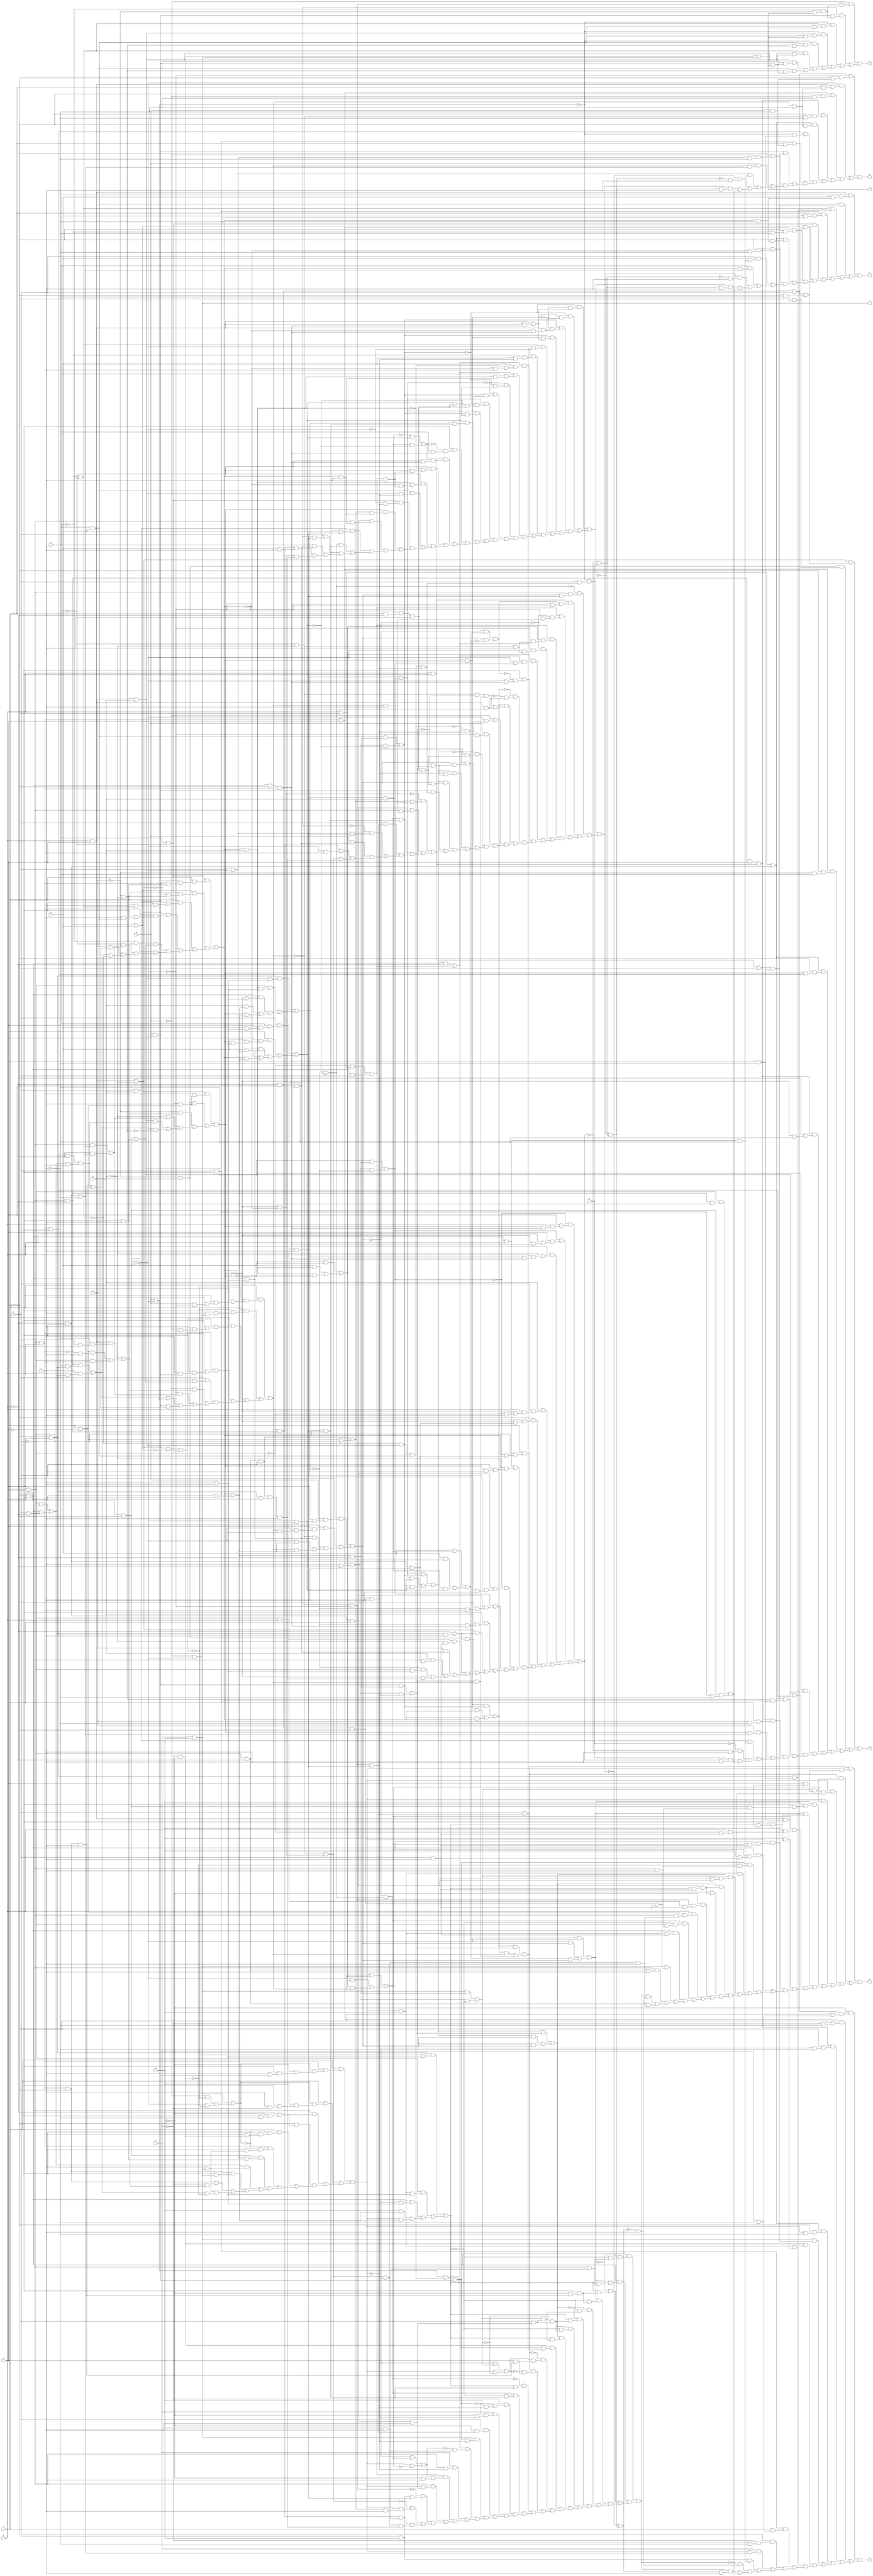
// IWLS benchmark module "alu4_cl" printed on Wed May 29 16:02:14 2002
module alu4_cl(a, b, c, d, e, f, g, h, i, j, k, l, m, n, o, p, q, r, s, t, u, v);
input
  a,
  b,
  c,
  d,
  e,
  f,
  g,
  h,
  i,
  j,
  k,
  l,
  m,
  n;
output
  o,
  p,
  q,
  r,
  s,
  t,
  u,
  v;
wire
  \[5] ,
  \[6] ,
  \[7] ,
  a1,
  a2,
  a3,
  a4,
  b1,
  b2,
  b3,
  b4,
  c1,
  c2,
  c3,
  c4,
  d1,
  d2,
  d3,
  d4,
  e1,
  e2,
  e3,
  e4,
  f1,
  f2,
  f3,
  f4,
  g1,
  g2,
  g3,
  g4,
  h1,
  h2,
  h3,
  h4,
  i1,
  i2,
  i3,
  i4,
  j1,
  j2,
  j3,
  j4,
  k1,
  k2,
  k3,
  k4,
  l1,
  l2,
  l3,
  l4,
  m0,
  m1,
  m2,
  m3,
  n0,
  n1,
  n2,
  n3,
  o0,
  o1,
  o2,
  o3,
  p0,
  p1,
  p2,
  p3,
  q0,
  q1,
  q2,
  q3,
  r0,
  r1,
  r2,
  r3,
  s0,
  s1,
  s2,
  s3,
  t0,
  t1,
  t2,
  t3,
  u0,
  u1,
  u2,
  u3,
  v0,
  v1,
  v2,
  v3,
  \[0] ,
  w0,
  w1,
  w2,
  w3,
  \[1] ,
  x0,
  x1,
  x2,
  x3,
  \[2] ,
  y0,
  y1,
  y2,
  y3,
  \[3] ,
  z0,
  z1,
  z2,
  z3,
  \[4] ;
assign
  \[5]  = h & d,
  \[6]  = (i1 & (h1 & (i & (s0 & (~l & n))))) | ((i1 & (z0 & (i & (s0 & (~l & n))))) | ((h1 & (c1 & (k & (~q0 & (l & n))))) | ((h1 & (z0 & (i & (s0 & (~l & n))))) | ((g1 & (d & (~i & (s0 & (~l & n))))) | ((g1 & (~i & (t0 & (s0 & (~l & n))))) | ((c1 & (d & (k & (~q0 & (l & n))))) | ((d & (~i & (t0 & (s0 & (~l & n))))) | ((h1 & (f1 & (c1 & (l & n)))) | ((f1 & (c1 & (d & (l & n)))) | ((e1 & (~d1 & (w0 & (l & n)))) | ((b1 & (k & (~q0 & (l & n)))) | ((a1 & (z0 & (x0 & (l & n)))) | ((a1 & (x0 & (t0 & (l & n)))) | ((z0 & (x0 & (t0 & (l & n)))) | ((~d & (y0 & (v0 & (l & n)))) | ((k & (r0 & (~l & (n0 & n)))) | ((u0 & (~t0 & (q0 & (~l & n)))) | ((f1 & (b1 & (l & n))) | ((\[5]  & (w0 & (l & n))) | ((~l & (o0 & n)) | ((p0 & (~m0 & n)) | (o0 & (n0 & n))))))))))))))))))))))),
  \[7]  = (~g & (y0 & (~f & (~e & \[4] )))) | ((d3 & (a2 & (~f & (~e & \[4] )))) | ((~z1 & (p2 & (k3 & \[4] ))) | ((~z1 & (k3 & (q2 & \[4] ))) | ((~z1 & (q2 & (j3 & \[4] ))) | ((p2 & (k3 & (a2 & \[4] ))) | ((k3 & (q2 & (a2 & \[4] ))) | (q2 & (j3 & (a2 & \[4] ))))))))),
  o = \[0] ,
  p = \[1] ,
  q = \[2] ,
  r = \[3] ,
  s = \[4] ,
  t = \[5] ,
  u = \[6] ,
  v = \[7] ,
  a1 = (w2 & u2) | ((w2 & v2) | (u2 & v2)),
  a2 = g & c,
  a3 = (~v2 & x3) | (v2 & ~x3),
  a4 = q3 & a,
  b1 = h1 & d,
  b2 = (o0 & l) | (q1 & j),
  b3 = (b & l3) | ((b & m2) | (l3 & m2)),
  b4 = u3 & n,
  c1 = (c & b3) | ((c & y1) | (b3 & y1)),
  c2 = (o0 & l) | (r0 & ~l),
  c3 = k & ~i,
  c4 = p1 & (j & n),
  d1 = ~h & ~d,
  d2 = u3 & ~j,
  d3 = ~b & ~a,
  d4 = (o1 & (~n & (l & ~j))) | ((r0 & (~u3 & n)) | (q0 & u3)),
  e1 = (z1 & t2) | a2,
  e2 = ~y1 & f3,
  e3 = ~q3 & ~r3,
  e4 = (l4 & (~n & v3)) | (n & (k & v3)),
  f1 = ~j & ~i,
  f2 = (~h1 & c1) | (h1 & ~c1),
  f3 = ~i3 & ~m2,
  f4 = (q0 & (l & ~k)) | (f1 & (l & ~k)),
  g1 = (c & x3) | ((c & v2) | (x3 & v2)),
  g2 = (~q0 & (k & l)) | (f1 & l),
  g3 = (~w3 & (i & (k & (i3 & (r2 & n))))) | ((w3 & (i & (k & (~i3 & (r2 & n))))) | ((~i & (~a & (k & (q3 & (r2 & n))))) | ((a & (l & (k & (~i3 & (~q0 & n))))) | ((~j & (a & (~i3 & (m1 & n)))) | ((j & (~l & (i3 & (m1 & n)))) | ((k1 & (~a & (l & (i3 & n)))) | ((~w3 & (x0 & (l & (q3 & n)))) | ((w3 & (x0 & (l & (~q3 & n)))) | ((~i & (a & (~q3 & (r2 & n)))) | ((n3 & (~k & (v3 & n))) | ((m3 & (~k & (v3 & n))) | ((v0 & (~a & (l & n))) | ((e & (x2 & (r2 & n))) | ((a & (~l & (m1 & n))) | ((~q3 & (q0 & (u3 & n))) | (~i3 & (b2 & n))))))))))))))))),
  g4 = (~g & c) | ((~g & ~j4) | (c & ~j4)),
  h1 = (j & (u3 & (g4 & (~d & (~i & (n & h)))))) | ((j & (g4 & (d & (~i & (n & ~h))))) | ((~l & (~k & (~d & (~i & ~n)))) | ((~j & (~k & (~d & (~i & ~n)))) | ((j & (~g4 & (~i & (n & d1)))) | ((u3 & (~g4 & (~i & (n & \[5] )))) | ((s0 & (x1 & (~i & n))) | ((f4 & (n & \[5] )) | ((d2 & (~i & \[5] )) | ((d2 & (n & \[5] )) | ((~h & d4) | (e4 & ~d1))))))))))),
  h2 = (~h1 & z0) | (h1 & ~z0),
  h3 = l & a,
  h4 = (d2 & n) | k4,
  i1 = (z2 & u2) | ((z2 & y1) | (u2 & y1)),
  i2 = (f1 & ~k) | g2,
  i3 = (n3 & (u3 & (n & r0))) | ((m3 & (n & r0)) | ((~e & d4) | ((~a & i4) | ((k3 & k4) | (e4 & ~j3))))),
  i4 = (~l & (~n & m1)) | (~j & (~n & m1)),
  j1 = (q0 & (l4 & n)) | (s0 & (p1 & ~n)),
  j2 = ~q0 & l4,
  j3 = ~e & ~a,
  j4 = (n3 & ~n2) | o2,
  k1 = f1 | k,
  k2 = ~g3 | m,
  k3 = e & a,
  k4 = (q1 & ~j) | (f4 & n),
  l1 = l & d,
  l2 = (~s3 & (~p3 & (o1 & (m2 & (r2 & n))))) | ((~s3 & (p3 & (o1 & (~m2 & (r2 & n))))) | ((s3 & (~p3 & (o1 & (~m2 & (r2 & n))))) | ((s3 & (p3 & (o1 & (m2 & (r2 & n))))) | ((p2 & (k3 & (l & (w0 & n)))) | ((~k3 & (~f & (b & (w0 & n)))) | ((i2 & (b & (~l3 & (~m2 & n)))) | ((i2 & (b & (l3 & (m2 & n)))) | ((~t3 & (~s3 & (r3 & (s2 & n)))) | ((~t3 & (s3 & (~r3 & (s2 & n)))) | ((t3 & (~s3 & (~r3 & (s2 & n)))) | ((t3 & (s3 & (r3 & (s2 & n)))) | ((r3 & (q3 & (~l & (v0 & n)))) | ((~i & (~o3 & (b & (r2 & n)))) | ((c3 & (o3 & (~b & (r2 & n)))) | ((~b & (~l3 & (m2 & (g2 & n)))) | ((~b & (l3 & (~m2 & (g2 & n)))) | ((q2 & (k3 & (w0 & n))) | ((o2 & (~k3 & (w0 & n))) | ((i3 & (c2 & (m2 & n))) | ((x0 & (~l & (m2 & n))) | ((h3 & (b & (v0 & n))) | ((e3 & (~l & (v0 & n))) | ((l & (d3 & (v0 & n))) | ((f & (x2 & (r2 & n))) | ((j2 & (b & n)) | (f3 & (b2 & n))))))))))))))))))))))))))),
  l3 = i3 & a,
  l4 = ~l & ~k,
  m0 = ~w1 | v1,
  m1 = ~k & ~i,
  m2 = (o2 & (j & (~n3 & (u3 & (~i & n))))) | ((n2 & (j & (~n3 & (~i & n)))) | ((j & (n3 & (~i & (n & p2)))) | ((n3 & (u3 & (~i & (n & q2)))) | ((h3 & (s0 & (~i & n))) | ((~f & d4) | ((~b & i4) | ((q2 & h4) | (e4 & ~p2)))))))),
  m3 = ~e & a,
  n0 = e2 & ~h1,
  n1 = c3 | l,
  n2 = ~f & b,
  n3 = e & ~a,
  o0 = q0 & ~k,
  o1 = k & i,
  o2 = f & ~b,
  o3 = (~a4 & r3) | (a4 & ~r3),
  p0 = (f1 & (~g1 & (~t0 & (~l & (d & n))))) | ((f1 & (g1 & (t0 & (~l & (d & n))))) | ((~g1 & (t0 & (~i & (~d & (d2 & n))))) | ((g1 & (~t0 & (~i & (~d & (d2 & n))))) | ((~a1 & (~t0 & (z0 & (l & (x0 & n))))) | ((~a1 & (t0 & (~z0 & (l & (x0 & n))))) | ((a1 & (~t0 & (~z0 & (l & (x0 & n))))) | ((a1 & (t0 & (z0 & (l & (x0 & n))))) | ((d1 & (e1 & (l & (w0 & n)))) | ((~i1 & (h2 & (i & (d2 & n)))) | ((i1 & (~h2 & (i & (d2 & n)))) | ((~u0 & (t0 & (~l & (v0 & n)))) | ((u0 & (~t0 & (~l & (v0 & n)))) | ((~h & (~e1 & (d & (w0 & n)))) | ((h & (~e1 & (~d & (w0 & n)))) | ((l & (~d & (y0 & (v0 & n)))) | ((\[5]  & (e1 & (w0 & n))) | ((i2 & (~f2 & (d & n))) | ((h & (~l & (w0 & n))) | ((g2 & (f2 & (~d & n))) | ((~l & (h1 & (x0 & n))) | ((~y0 & (l1 & (v0 & n))) | ((~e2 & (h1 & (c2 & n))) | ((j2 & (d & n)) | (n0 & (b2 & n))))))))))))))))))))))))),
  p1 = l & ~i,
  p2 = ~f & ~b,
  p3 = i3 & w3,
  q0 = j & i,
  q1 = u3 & ~i,
  q2 = f & b,
  q3 = (v3 & (k3 & b4)) | ((q0 & (l3 & b4)) | ((f1 & (~i3 & b4)) | ((a & c4) | (i3 & c4)))),
  r0 = j & ~i,
  r1 = (l & k) | m1,
  r2 = ~l & ~j,
  r3 = (~j & (f & (i & (b & b4)))) | ((j & (i & (b & (m2 & b4)))) | ((~m2 & (f1 & b4)) | ((b & c4) | (m2 & c4)))),
  s0 = k & ~j,
  s1 = (l4 & i) | c3,
  s2 = p1 & (j & ~k),
  s3 = (q2 & y3) | (z3 & ~r3),
  t0 = (v3 & (\[5]  & b4)) | ((q0 & (b1 & b4)) | ((f1 & (~h1 & b4)) | ((d & c4) | (h1 & c4)))),
  t1 = x2 & l,
  t2 = (~p2 & k3) | q2,
  t3 = q3 & w3,
  u0 = ~v2 & e3,
  u1 = u3 & i,
  u2 = (a2 & y3) | (z3 & ~v2),
  u3 = ~l & k,
  v0 = q0 & k,
  v1 = ~l2 | k2,
  v2 = (~j & (g & (i & (c & b4)))) | ((j & (i & (c & (y1 & b4)))) | ((~y1 & (f1 & b4)) | ((c & c4) | (y1 & c4)))),
  v3 = ~j & i,
  \[0]  = (n3 & (t1 & (~j & ~n))) | ((m3 & (l & (~j & ~n))) | ((u1 & (~j & (~e & ~n))) | ((r1 & (~j & (i3 & ~n))) | ((s1 & (~j & (~i3 & ~n))) | ((l3 & (o1 & (j & ~n))) | ((k3 & (n1 & (j & ~n))) | ((q1 & (j3 & (j & ~n))) | ((p1 & (j & (e & ~n))) | ((e & (i3 & (m1 & ~n))) | ((h3 & (k1 & ~n)) | ((~m & (~g3 & n)) | ((m & (g3 & n)) | j1)))))))))))),
  w0 = x2 & ~j,
  w1 = (~z1 & (l & (t2 & (w0 & n)))) | ((~e3 & (~l & (v2 & (v0 & n)))) | ((c3 & (a3 & (~c & (r2 & n)))) | ((g2 & (~b3 & (~c & (y1 & n)))) | ((g2 & (b3 & (~c & (~y1 & n)))) | ((~b3 & (i2 & (c & (~y1 & n)))) | ((b3 & (i2 & (c & (y1 & n)))) | ((~i & (~a3 & (c & (r2 & n)))) | ((~z2 & (~y2 & (o1 & (r2 & n)))) | ((z2 & (y2 & (o1 & (r2 & n)))) | ((~g & (c & (~t2 & (w0 & n)))) | ((g & (~c & (~t2 & (w0 & n)))) | ((~w2 & (~v2 & (u2 & (s2 & n)))) | ((~w2 & (v2 & (~u2 & (s2 & n)))) | ((w2 & (~v2 & (~u2 & (s2 & n)))) | ((w2 & (v2 & (u2 & (s2 & n)))) | ((a2 & (t2 & (w0 & n))) | ((~f3 & (c2 & (y1 & n))) | ((x0 & (~l & (y1 & n))) | ((u0 & (~l & (v0 & n))) | ((l & (y0 & (v0 & n))) | ((~d3 & (x1 & (v0 & n))) | ((g & (x2 & (r2 & n))) | ((j2 & (c & n)) | (e2 & (b2 & n))))))))))))))))))))))))),
  w2 = (t3 & s3) | ((t3 & r3) | (s3 & r3)),
  w3 = (k3 & y3) | (z3 & ~q3),
  \[1]  = (o1 & (j & (b & (m2 & ~n)))) | ((q2 & (n1 & (j & ~n))) | ((p2 & (q1 & (j & ~n))) | ((p1 & (j & (f & ~n))) | ((o2 & (t1 & (~j & ~n))) | ((n2 & (l & (~j & ~n))) | ((u1 & (~j & (~f & ~n))) | ((r1 & (~j & (m2 & ~n))) | ((s1 & (~j & (~m2 & ~n))) | ((l & (b & (k1 & ~n))) | ((f & (m2 & (m1 & ~n))) | ((~l2 & (~k2 & n)) | ((l2 & (k2 & n)) | j1)))))))))))),
  x0 = m1 & j,
  x1 = l & c,
  x2 = ~k & i,
  x3 = (b & a4) | ((b & r3) | (a4 & r3)),
  \[2]  = (t1 & (~c & (~j & (g & ~n)))) | ((c & (o1 & (j & (y1 & ~n)))) | ((u1 & (~j & (~g & ~n))) | ((s1 & (~j & (~y1 & ~n))) | ((r1 & (~j & (y1 & ~n))) | ((q1 & (~z1 & (j & ~n))) | ((p1 & (j & (g & ~n))) | ((a2 & (n1 & (j & ~n))) | ((~j & (~g & (x1 & ~n))) | ((g & (y1 & (m1 & ~n))) | ((x1 & (k1 & ~n)) | ((~w1 & (~v1 & n)) | ((w1 & (v1 & n)) | j1)))))))))))),
  y0 = d3 & ~c,
  y1 = (j & (~j4 & (u3 & (~i & (n & (g & ~c)))))) | ((j & (~j4 & (~i & (n & (~g & c))))) | ((j & (j4 & (~i & (n & (~g & ~c))))) | ((j4 & (u3 & (~i & (n & (g & c))))) | ((l & (b & (s0 & (~i & n)))) | ((~g & d4) | ((~c & i4) | ((e4 & z1) | (a2 & h4)))))))),
  y2 = (~y1 & ~u2) | (y1 & u2),
  y3 = c4 & ~k,
  \[3]  = (~d & (t1 & (~j & (h & ~n)))) | ((u1 & (~j & (~h & ~n))) | ((s1 & (~j & (~h1 & ~n))) | ((r1 & (~j & (h1 & ~n))) | ((\[5]  & (n1 & (j & ~n))) | ((d1 & (q1 & (j & ~n))) | ((b1 & (o1 & (j & ~n))) | ((p1 & (j & (h & ~n))) | ((~j & (~h & (l1 & ~n))) | ((h & (h1 & (m1 & ~n))) | ((l1 & (k1 & ~n)) | ((~p0 & (~m0 & n)) | ((p0 & (m0 & n)) | j1)))))))))))),
  z0 = (\[5]  & y3) | (z3 & ~t0),
  z1 = g | c,
  z2 = (p3 & s3) | ((p3 & m2) | (s3 & m2)),
  z3 = u1 & (n & ~j),
  \[4]  = d1 | \[5] ;
endmodule